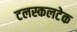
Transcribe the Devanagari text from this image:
टलस्कलटेक